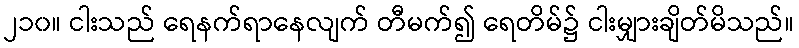
၂၁၀။ ငါးသည် ရေနက်ရာနေလျက် တီမက်၍ ရေတိမ်၌ ငါးမျှားချိတ်မိသည်။